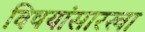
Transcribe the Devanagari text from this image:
विषयांसारखा